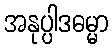
အနုပ္ပါဒဓမ္မာ